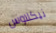
نيكلاوس